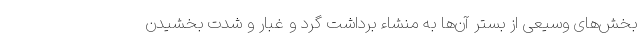
بخش‌های وسیعی از بستر آن‌ها به منشاء برداشت گرد و غبار و شدت بخشیدن